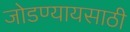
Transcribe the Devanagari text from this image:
जोडण्यायसाठी